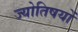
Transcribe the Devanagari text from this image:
ज्योतिषयों